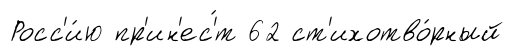
Росс'и́ю пр'ин'ес'́т 62 ст'ихотво́рный